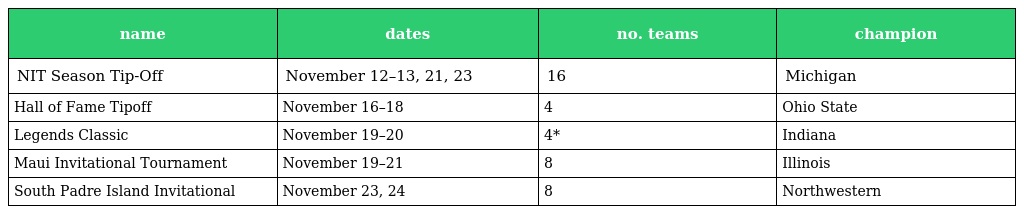
| name | dates | no. teams | champion |
 | --- | --- | --- | --- |
 | NIT Season Tip-Off | November 12–13, 21, 23 | 16 | Michigan |
 | Hall of Fame Tipoff | November 16–18 | 4 | Ohio State |
 | Legends Classic | November 19–20 | 4* | Indiana |
 | Maui Invitational Tournament | November 19–21 | 8 | Illinois |
 | South Padre Island Invitational | November 23, 24 | 8 | Northwestern |